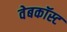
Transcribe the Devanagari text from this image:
वेबकॉस्ट